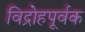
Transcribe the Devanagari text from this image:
विद्रोहपूर्वक